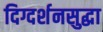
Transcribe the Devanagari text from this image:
दिग्दर्शनसुद्धा